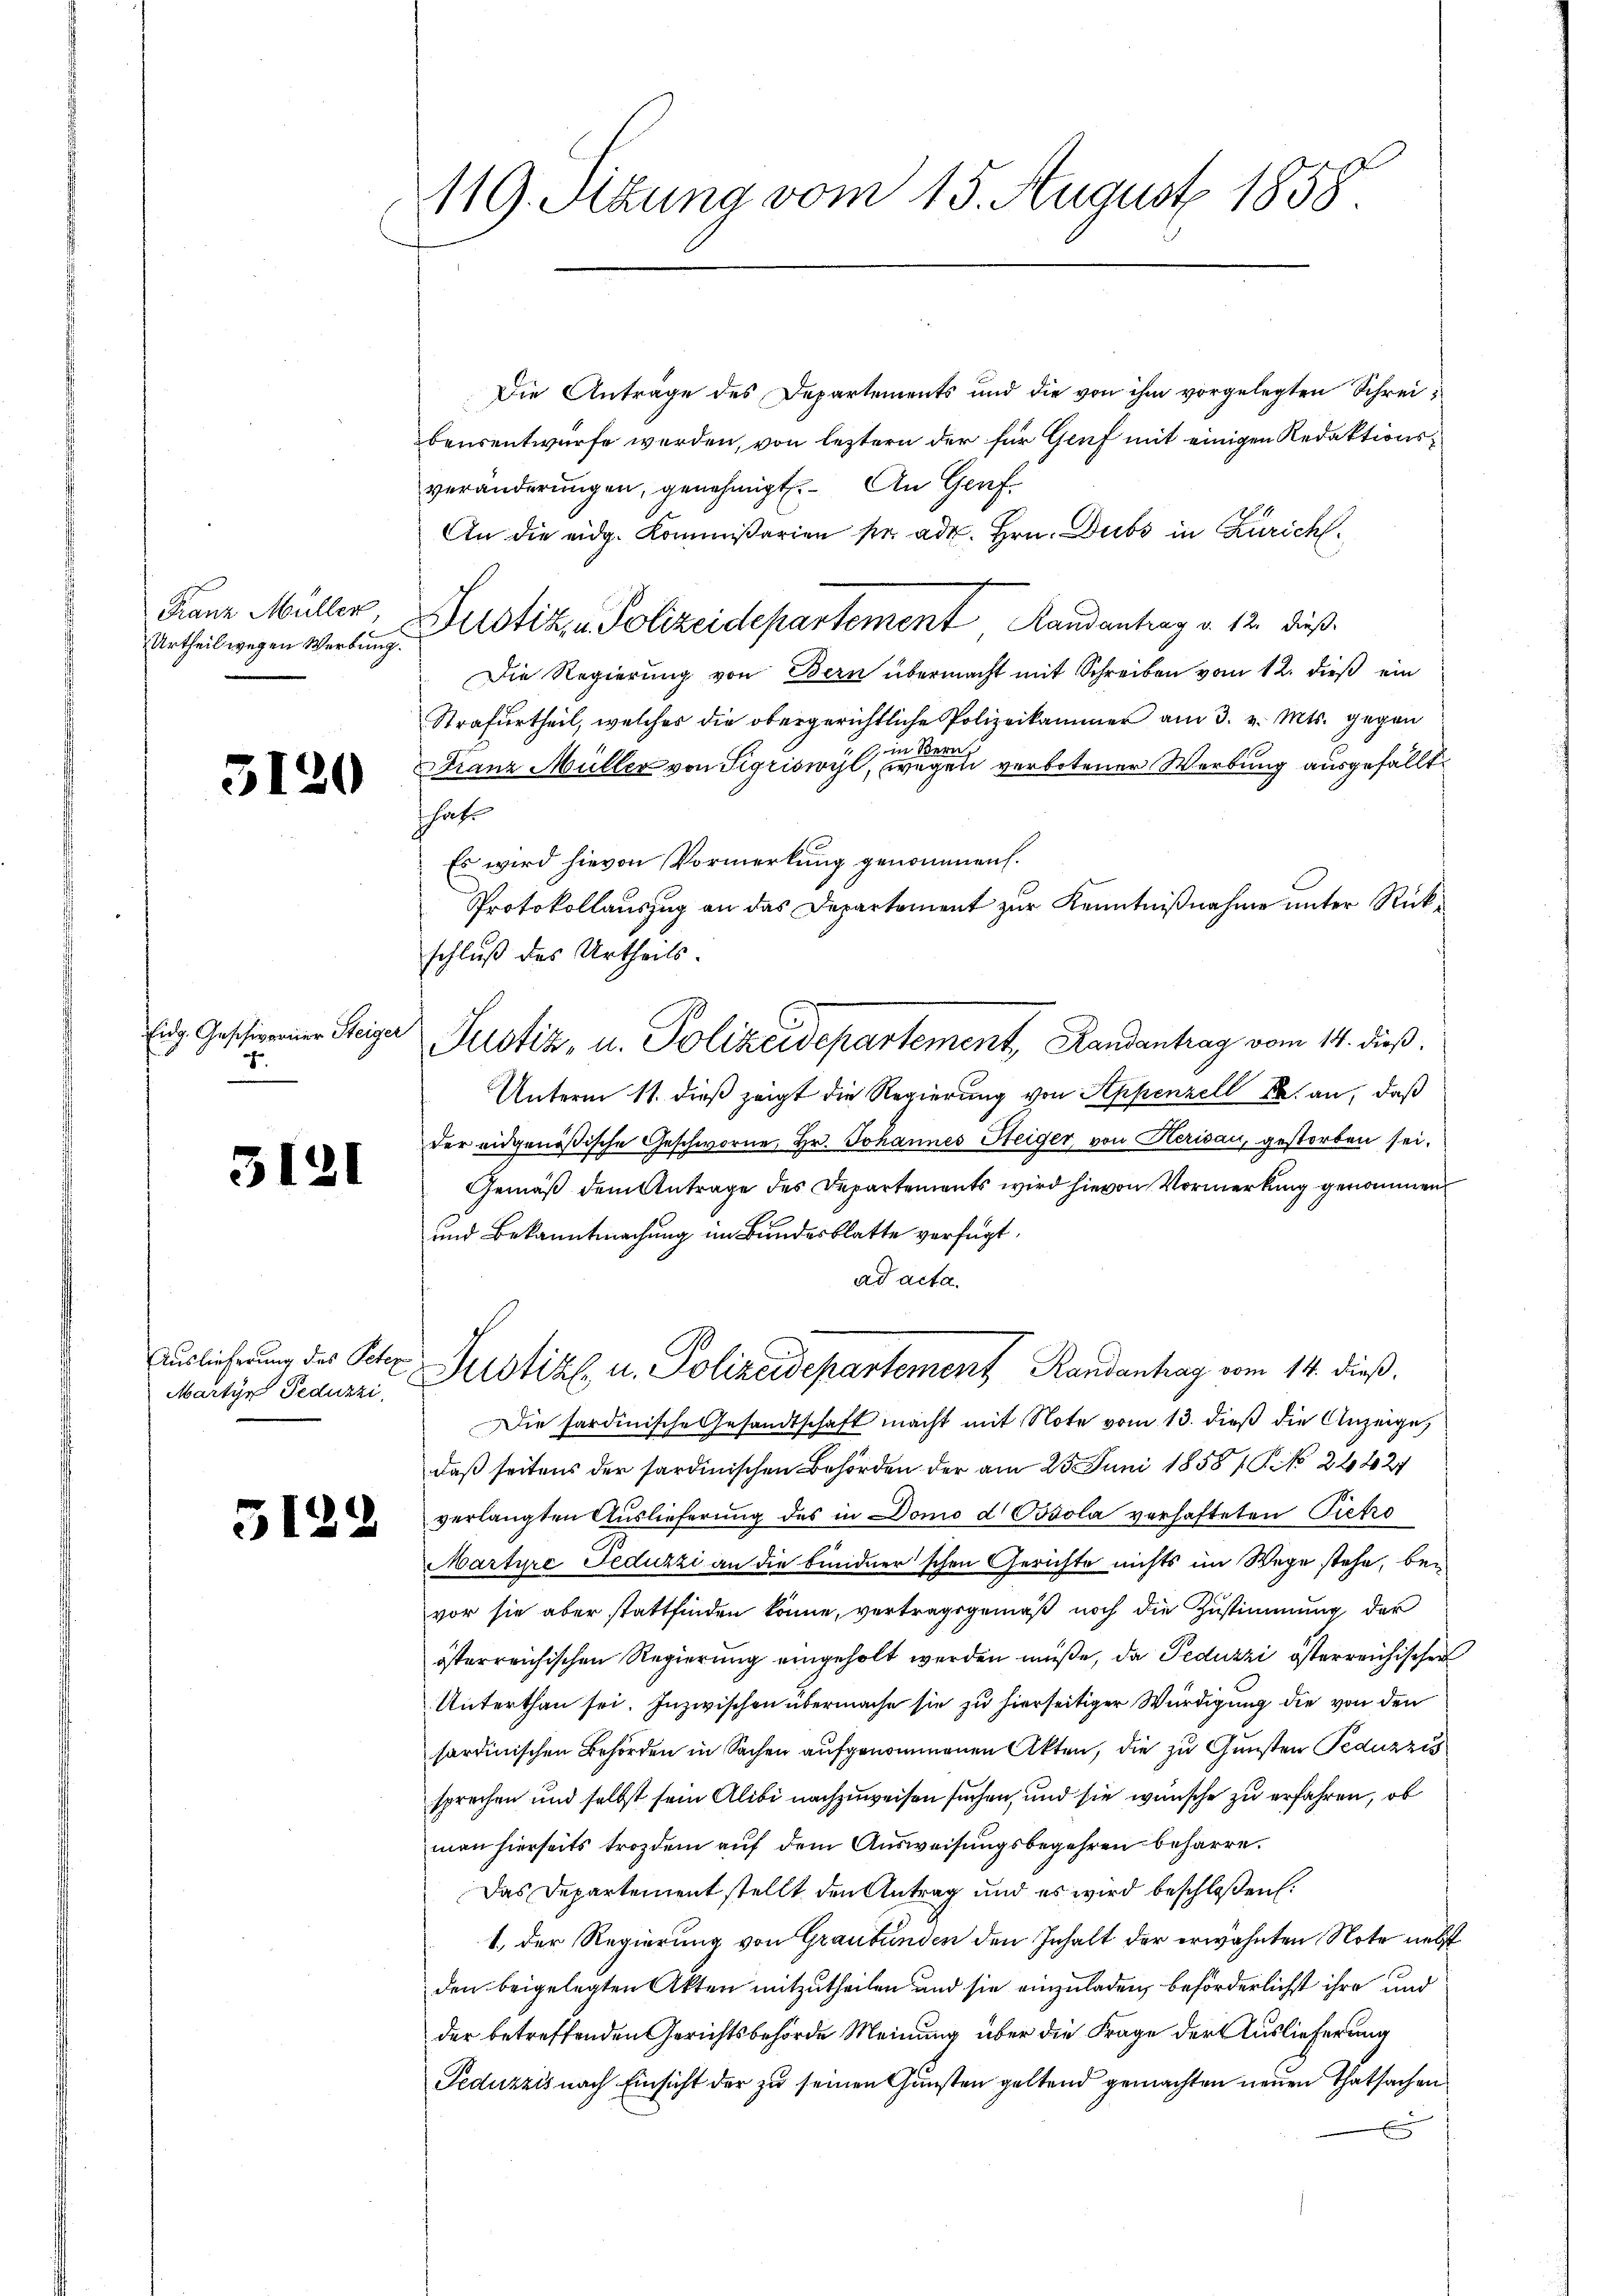
119. Stung vom 15. August 1858

Die Antrage des Departements und die von ihm vorgelegten Schreibeusentwurfe werden, von leztern der für Genf mit einigen Redaktionsveränderungen, genehmigt. An Graf
An die eidg. Kommißarien pr. ad. Hrn. Dubs in Zürich¬
Justiz & Polizeidepartement Randantrag v. 12. dieß
Die Regierung von Bern übermacht mit Schreiben vom 12. dieß ein
Strafurtheil, welches die obergerichtliche Polizeikammer am 3. v. Mts. gegen
. in Bern
Franz Müller von Sigriswyl, wegen verbotener Werbung ausgefällt.
schaft
Es wird hievon Vormerkung genommen.
Protokollauszug an das Departement zur Kenntnißnahme unter Rückschluß des Urtheils.
Unterm 11. dieß zeigt die Regierung von Appenzell A. an, daß
der eidgenößische Geschworne Hr. Johannes Steiger, von Herisau, gestorben sei.
Gemäß dem Antrage des Departements wird hievon Vormerkung genommen
und Bekanntmachung im Bundesblatte verfügt,
ad acta.
Justiz u. Polizeidepartement Randenhag vom 14. dieß.
Die sardinische Gesandtschaft macht mit Note vom 13. dieß die Anzeige,
daß seitens der sardinischen Behörden der am 25. Juni 18587. No 26227
verlangten Auslieferung des in Domo d Oosola verhafteten Pietro
Marture Feduzzi an die bundner'schen Gerichte nichts im Wege stehe, bei
vor sie aber stattfinden könne, vertragsgemäß noch die Zustimmung der
österreichischen Regierung eingeholt werden müße, da Peduzzi österreichischen
Unterthan sei. Inzwischen übermache sie zu hierseitiger Würdigung die von den
sardinischen Behörden in Sachen aufgenommenen Akten, die zu Gunsten Peduzzis
sprechen und selbst sein Alibi nachzuweisen suchen, und sie wünsche zu erfahren, ob
man hierseits trozdem auf dem Ausweisungsbegehren beharre.
Das Departement stellt den Antrag und es wird beschloßen.
1. Der Regierung von Graubünden den Inhalt der erwähnten Note nebst
den beigelegten Akten mitzutheilen und sie einzuladen, beförderlichst ihre und
der betreffenden Gerichtsbehörde Meinung über die Frage der Auslieferung
Feduzzis nach Einsicht der zu seinen Gunsten geltend gemachten neuen Thatsachen
s

Franz Müller
Urtheil wegen Werbung.

5120

Eidg. Geschivorner Steiger
h

Justiz, u. Polizeidepartement, Randantrag vom 14. dieß.

3121

Auslieferung des Peter
Martyr Peduzzi,

5122